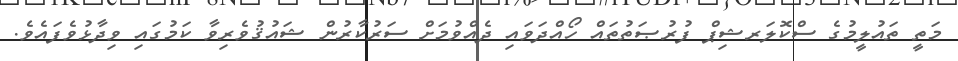
މަތީ ތައުލީމުގެ ސްކޮލަރޝިޕް ފުރުޞަތުތައް ހޯއްދަވައި ދެއްވުމަށް ސަރުކާރުން ޝައުޤުވެރިވާ ކަމުގައި ވިދާޅުވެފައެވެ.